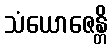
သံယောဇေန္တိ